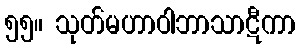
၅၅။ သုတ်မဟာဝါဘာသာဋီကာ